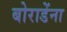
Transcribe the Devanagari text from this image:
बोराडेंना